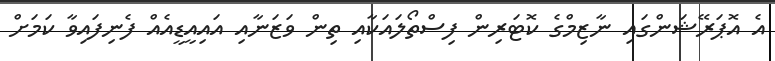
އެ އޮޕަރޭޝަންގައި ނާޒިމްގެ ކޮޓަރިން ފިސްތޯލައަކާއި ތިން ވަޒަނާއި އައިއީޑީއެއް ފެނިފައިވާ ކަމަށް